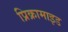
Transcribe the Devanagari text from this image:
प्रिक्रामाइड